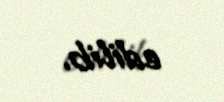
edilib.